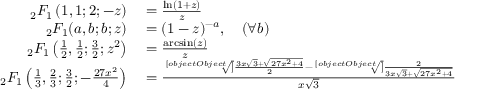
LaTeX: \begin{array} { r l } { _ { 2 } F _ { 1 } \left( 1 , 1 ; 2 ; - z \right) } & { { } = { \frac { \ln ( 1 + z ) } { z } } } \\ { _ { 2 } F _ { 1 } ( a , b ; b ; z ) } & { { } = ( 1 - z ) ^ { - a } , \quad ( \forall b ) } \\ { _ { 2 } F _ { 1 } \left( { \frac { 1 } { 2 } } , { \frac { 1 } { 2 } } ; { \frac { 3 } { 2 } } ; z ^ { 2 } \right) } & { { } = { \frac { \arcsin ( z ) } { z } } } \\ { \, _ { 2 } F _ { 1 } \left( { \frac { 1 } { 3 } } , { \frac { 2 } { 3 } } ; { \frac { 3 } { 2 } } ; - { \frac { 2 7 x ^ { 2 } } { 4 } } \right) } & { { } = { \frac { { \sqrt [ [object Object] ] { \frac { 3 x { \sqrt { 3 } } + { \sqrt { 2 7 x ^ { 2 } + 4 } } } { 2 } } } - { \sqrt [ [object Object] ] { \frac { 2 } { 3 x { \sqrt { 3 } } + { \sqrt { 2 7 x ^ { 2 } + 4 } } } } } } { x { \sqrt { 3 } } } } } \end{array}